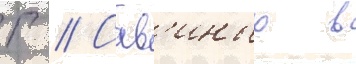
Г // Сав'иных в